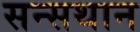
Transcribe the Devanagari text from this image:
सन्सथान